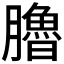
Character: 𦢞